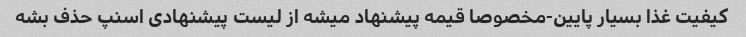
کیفیت غذا بسیار پایین-مخصوصا قیمه پیشنهاد میشه از لیست پیشنهادى اسنپ حذف بشه